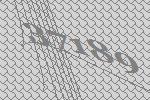
37189